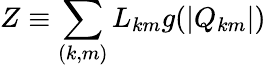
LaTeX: Z\equiv\sum_{(k,m)}L_{km}g(|Q_{km}|)